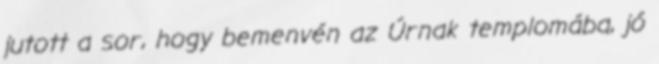
jutott a sor, hogy bemenvén az Úrnak templomába, jó